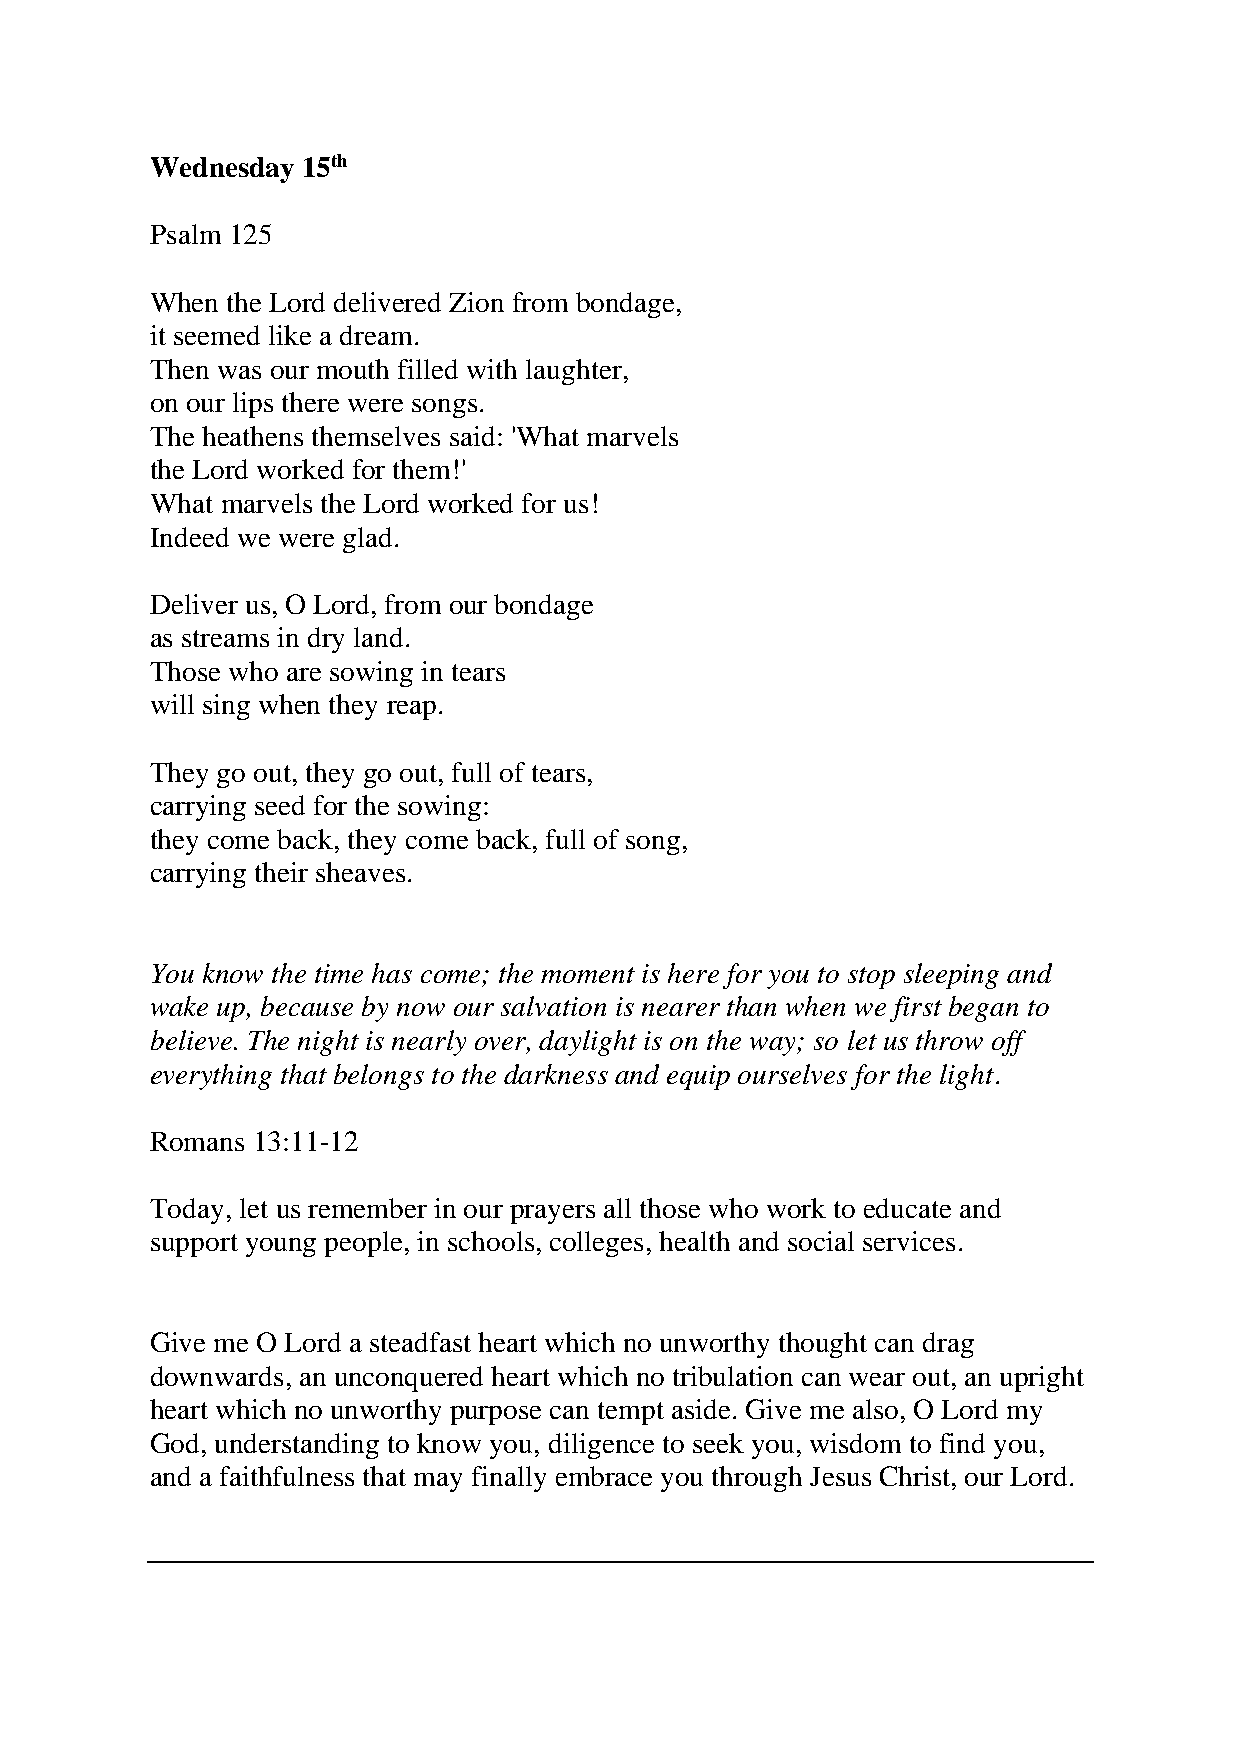
Wednesday 15th
 Psalm 125
 When the Lord delivered Zion from bondage,
 it seemed like a dream.
 Then was our mouth filled with laughter,
 on our lips there were songs.
 The heathens themselves said: 'What marvels
 the Lord worked for them!'
 What marvels the Lord worked for us!
 Indeed we were glad.
 Deliver us, O Lord, from our bondage
 as streams in dry land.
 Those who are sowing in tears
 will sing when they reap.
 They go out, they go out, full of tears,
 carrying seed for the sowing:
 they come back, they come back, full of song,
 carrying their sheaves.
 You know the time has come; the moment is here for you to stop sleeping and
 wake up, because by now our salvation is nearer than when we first began to
 believe. The night is nearly over, daylight is on the way; so let us throw off
 everything that belongs to the darkness and equip ourselves for the light.
 Romans 13:11-12
 Today, let us remember in our prayers all those who work to educate and
 support young people, in schools, colleges, health and social services.
 Give me O Lord a steadfast heart which no unworthy thought can drag
 downwards, an unconquered heart which no tribulation can wear out, an upright
 heart which no unworthy purpose can tempt aside. Give me also, O Lord my
 God, understanding to know you, diligence to seek you, wisdom to find you,
 and a faithfulness that may finally embrace you through Jesus Christ, our Lord.